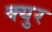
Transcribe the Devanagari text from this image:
क्युर